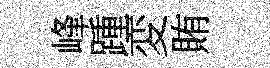
峰踵変賄